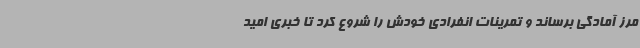
مرز آمادگی برساند و تمرینات انفرادی خودش را شروع کرد تا خبری امید